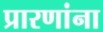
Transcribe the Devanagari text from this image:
प्रारणांना